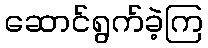
ဆောင်ရွက်ခဲ့ကြ